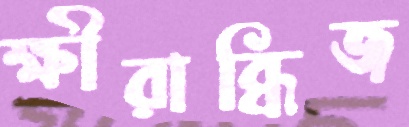
ক্ষীরাব্ধিজ